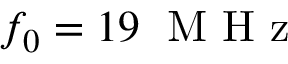
f _ { 0 } = 1 9 \; \mathrm { ~ M ~ H ~ z ~ }